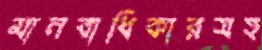
মানবাধিকারসহ